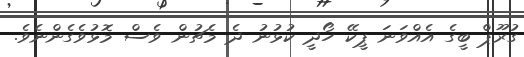
ގުރޫޕް ބީގެ އެއްވަނަ ޕީކޭ ހޯދީ ކުޅުނު ދެ މެޗުން ވެސް މޮޅުވެގެންނެވެ.